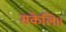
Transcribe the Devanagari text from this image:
सकेलि।।